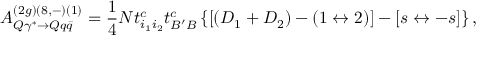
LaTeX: { \cal A } _ { Q \gamma ^ { * } \rightarrow Q q \bar { q } } ^ { ( 2 g ) ( 8 , - ) ( 1 ) } = \frac { 1 } { 4 } N t _ { i _ { 1 } i _ { 2 } } ^ { c } t _ { B ^ { \prime } B } ^ { c } \left\{ \left[ \left( D _ { 1 } + D _ { 2 } \right) - \left( 1 \leftrightarrow 2 \right) \right] - \left[ s \leftrightarrow - s \right] \right\} ,